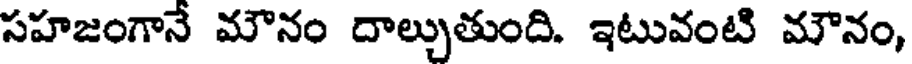
సహజంగానే మౌనం దాల్చుతుంది. ఇటువంటి మౌనం,